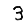
Digit: 3